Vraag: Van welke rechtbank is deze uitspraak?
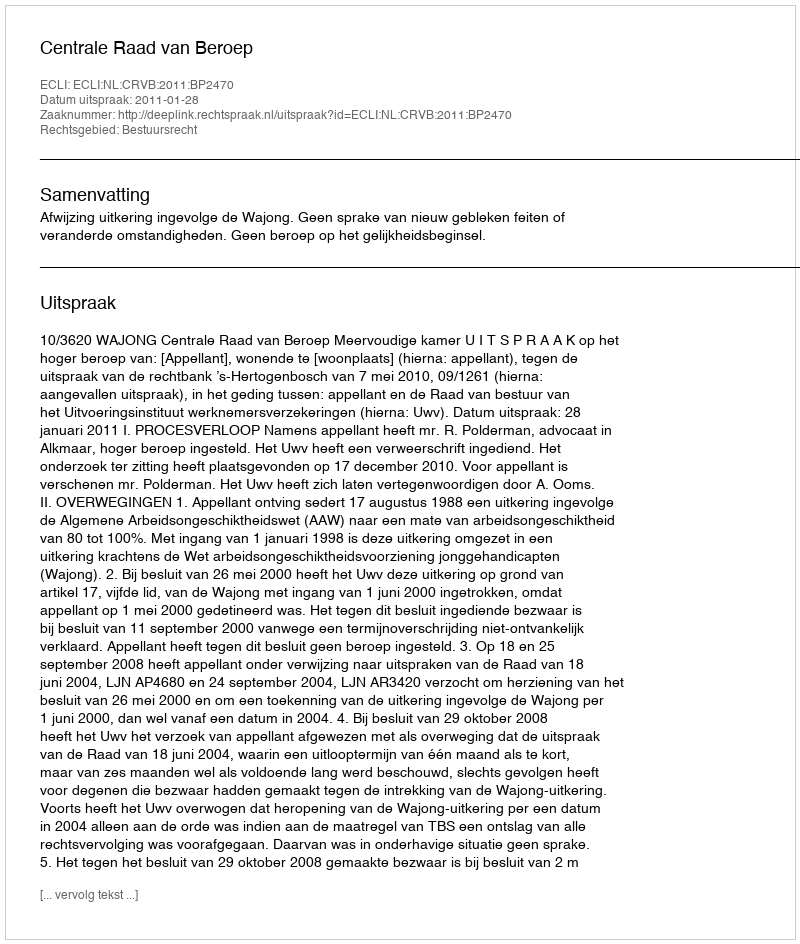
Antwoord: Centrale Raad van Beroep